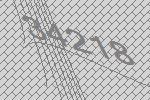
34218